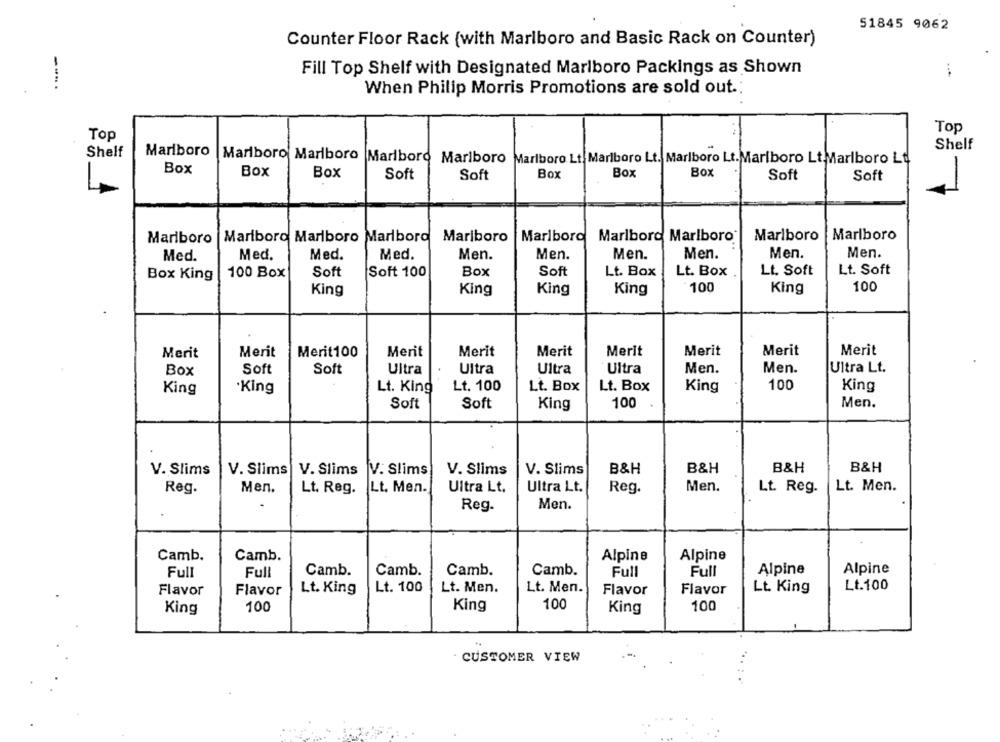
51845 9062
Counter Floor Rack (with Marlboro and Basic Rack on Counter)
Fill Top Shelf with Designated Marlboro Packings as Shown
...
--..
When Philip Morris Promotions are sold out.
Top
Top
Shelf
Shelf
Marlboro
Marlboro Marlboro Marlboro Marlboro Marlboro Lt. Marlboro Lt. Marlboro Lt.Marlboro Lt Marlboro Ld
-
Box
Box
Box
Soft
Soft
Box
Box
Box
Soft
Soft
1.
Marlboro Marlboro Marlboro
Marlboro
Marlboro
Marlboro Marlboro
Marlboro
Marlboro
Marlboro
Men.
Med.
Med.
Med.
Med.
Men.
Men.
Men.
Men.
Men.
100 Box
Soft
Soft 100
Box
Soft
Lt. Box
Lt. Box
Lt. Soft
Lt. Soft
Box King
100
King
100
King
King
King
King
Merit
Merit
Merit100
Merit
Merit
Merit
Merit
Merit
Merit
Merit
Box
Soft
Soft
Ultra
Ultra
Ultra
Ultra
Men.
Men.
Ultra Lt.
100
King
·King
Lt. King
Lt. 100
Lt. Box
Lt. Box
King
King
Soft
Soft
King
100
Men.
V. Slims
V. Slims
V. Slims
V. Slims
V. Slims
V. Slims
B&H
B&H
B&H
B&H
Reg.
Men.
Lt. Reg.
Lt. Men.
Ultra Lt.
Ultra Lt.
Reg.
Men.
Lt. Reg.
Lt. Men.
Men.
Reg.
Camb.
Camb.
Alpine
Alpine
Camb.
Camb.
Camb.
Camb.
Full
Full
Alpine
Alpine
Full
Full
Lt.100
Flavor
Flavor
Lt. King
Lt. 100
Lt. Men.
Lt. Men.
Flavor
Flavor
Lt. King
100
King
100
100
King
King
CUSTOMER VIEW